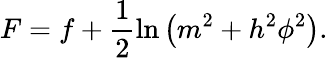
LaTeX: F=f+\frac{1}{2}\ln\left(m^{2}+h^{2}\phi^{2}\right).